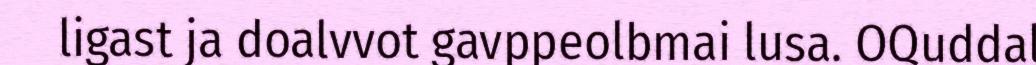
ligast ja doalvvot gavppeolbmai lusa. OQuddal